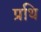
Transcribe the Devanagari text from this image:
प्रथि